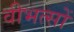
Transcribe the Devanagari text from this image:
वीभत्सों